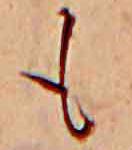
も